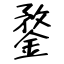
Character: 鍪